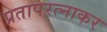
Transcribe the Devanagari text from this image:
प्रतापरत्नाकर